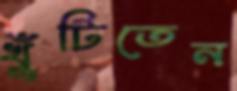
খুঁটিতেন